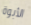
الأبوة